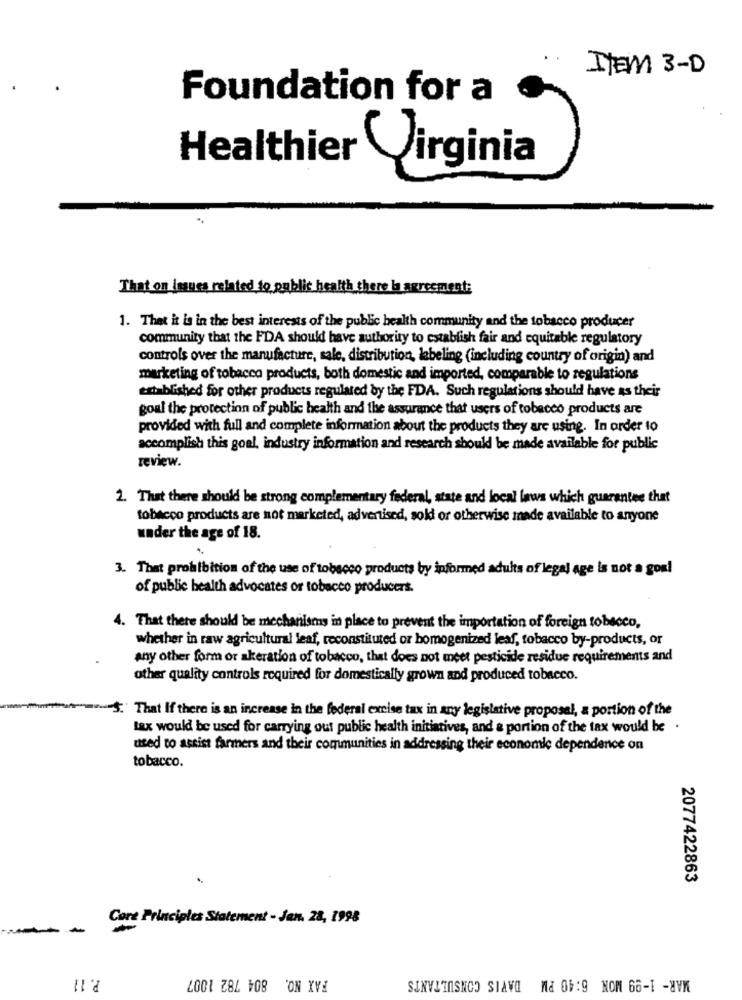
ITEM 3-D
Foundation for a
Healthier
Virginia
That on issues related to public health there la agreement:
1. That it is in the best interests of the public health community and the tobacco producer
community that the FDA should have authority to establish fair and equitable regulatory
controls over the manufacture, sale, distribution, labeling (including country of origin) and
marketing of tobacco products, both domestic and imported, comparable to regulations
established for other products regulated by the FDA. Such regulations should have as their
goul the protection of public health and the assurance that users of tobacco products are
provided with full and complete information about the products they are using. In order to
accomplish this goal, industry information and research should be made available for public
review.
2. That there should be strong complementary federal, state and local laws which guarantee that
tobacco products are not marketed, advertised, soki or otherwise made available to anyone
under the age of 18.
3. That prohibition of the use of tobacco products by informed adults of legal age is not a goal
of public health advocates or tobacco producers.
4. That there should be mechanisms in place to prevent the importation of foreign tobacco,
whether in raw agricultural leaf, reconstituted or homogenized leaf, tobacco by-products, or
any other form or akeration of tobacco, that does not meet pesticide residue requirements and
other quality controls required for domestically grown and produced tobacco.
S.' That If there is an increase in the federal excise tax in any legislative proposal, a portion of the
lax would be used for carrying out public health initiatives, and a portion of the tax would be .
used to assist farmers and their communities in addressing their economic dependence on
tobacco.
2077422863
Core Principles Statement - Jan. 28, 1998
P. 11
FAX NO. 804 782 1007
MAR- 1-99 MON 6:40 PM DAVIS CONSULTANTS